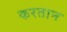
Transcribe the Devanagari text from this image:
करतान